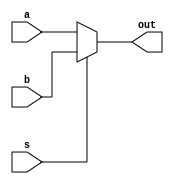
//NO ME GUSTA

module mux2_1_i3(output reg out, input wire a, b, s);
// mux con construccin always (procedural), las asignaciones deben ser a variables con estado ('out' ahora es tipo reg)
// en el caso de un modulo combinacional, se debe usar la asignacin procedural 'con bloqueo' que equivale al "=" de C  

always @(a or b or s) //alternativamente, always @(a, b, s) o always @* (automtico, considera todas las var)
  if (s)              //no hace falta begin...end porque el always contiene una sola sentencia if..else
    out = b;
  else
    out = a;
  
endmodule